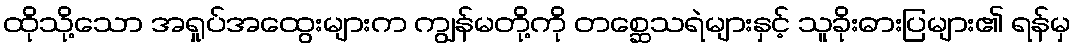
ထိုသို့သော အရှုပ်အထွေးများက ကျွန်မတို့ကို တစ္ဆေသရဲများနှင့် သူခိုးဓားပြများ၏ ရန်မှ